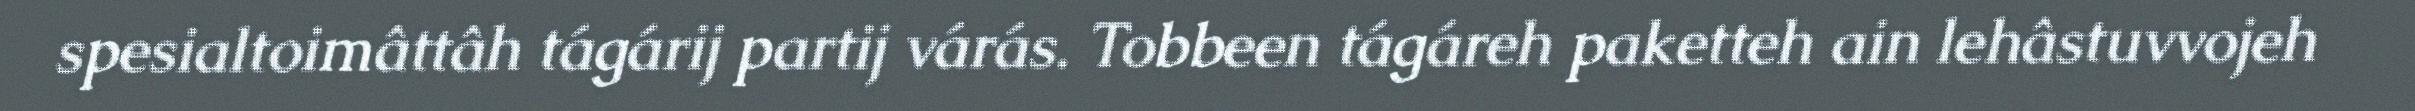
spesialtoimâttâh tágárij partij várás. Tobbeen tágáreh paketteh ain lehâstuvvojeh